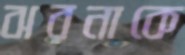
ঝরনাকে